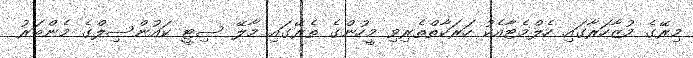
މިރޭގެ މުޒާހަރާގައި ހެލްމެޓާއެކު ހަރަކާތްތެރިވި މީހުންގެ ތެރޭގައި މާލޭ ސިޓީ ކައުންސިލްގެ މެންބަރު